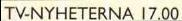
TV-NYHETERNA 17.00